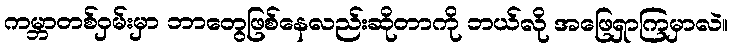
ကမ္ဘာတစ်ဝှမ်းမှာ ဘာတွေဖြစ်နေလည်းဆိုတာကို ဘယ်လို အဖြေရှာကြမှာလဲ။